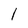
Character: l